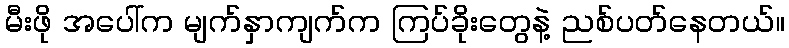
မီးဖို အပေါ်က မျက်နှာကျက်က ကြပ်ခိုးတွေနဲ့ ညစ်ပတ်နေတယ်။